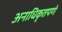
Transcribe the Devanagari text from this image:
अनाधिकृतपणे